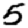
Digit: 5